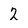
Character: 2